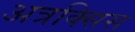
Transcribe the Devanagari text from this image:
अत्रक्सिस